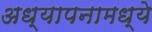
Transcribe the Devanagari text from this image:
अध्यापनामध्ये